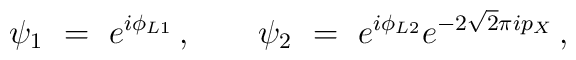
\psi_1\ =\ e^{i\phi_{L1}} \,,\qquad\psi_2\ =\ e^{i\phi_{L2}} e^{-2\sqrt{2}\pi i  p_X} \, ,